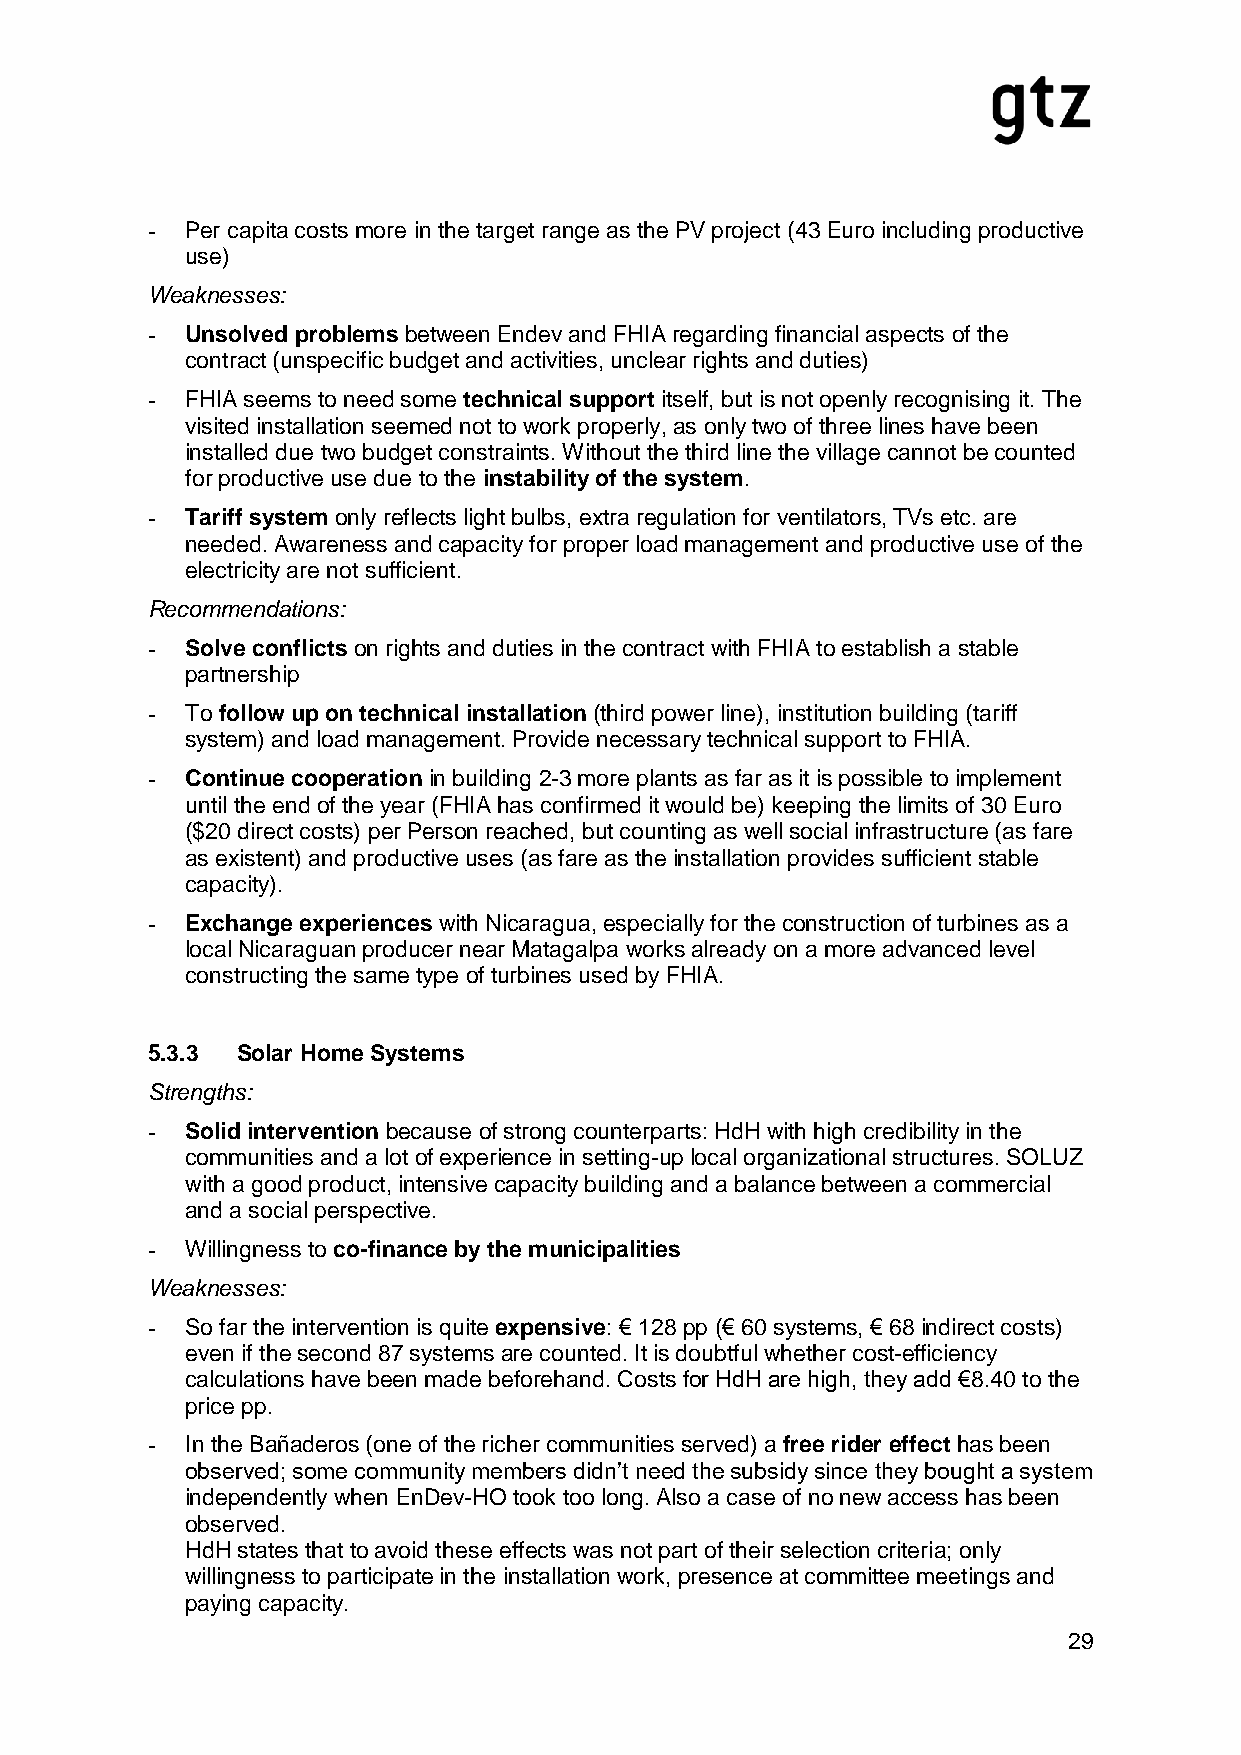
- Per capita costs more in the target range as the PV project (43 Euro including productive
 use)
 Weaknesses:
 - Unsolved problems between Endev and FHIA regarding financial aspects of the
 contract (unspecific budget and activities, unclear rights and duties)
 - FHIA seems to need some technical support itself, but is not openly recognising it. The
 visited installation seemed not to work properly, as only two of three lines have been
 installed due two budget constraints. Without the third line the village cannot be counted
 for productive use due to the instability of the system.
 - Tariff system only reflects light bulbs, extra regulation for ventilators, TVs etc. are
 needed. Awareness and capacity for proper load management and productive use of the
 electricity are not sufficient.
 Recommendations:
 - Solve conflicts on rights and duties in the contract with FHIA to establish a stable
 partnership
 - To follow up on technical installation (third power line), institution building (tariff
 system) and load management. Provide necessary technical support to FHIA.
 - Continue cooperation in building 2-3 more plants as far as it is possible to implement
 until the end of the year (FHIA has confirmed it would be) keeping the limits of 30 Euro
 ($20 direct costs) per Person reached, but counting as well social infrastructure (as fare
 as existent) and productive uses (as fare as the installation provides sufficient stable
 capacity).
 - Exchange experiences with Nicaragua, especially for the construction of turbines as a
 local Nicaraguan producer near Matagalpa works already on a more advanced level
 constructing the same type of turbines used by FHIA.
 5.3.3 Solar Home Systems
 Strengths:
 - Solid intervention because of strong counterparts: HdH with high credibility in the
 communities and a lot of experience in setting-up local organizational structures. SOLUZ
 with a good product, intensive capacity building and a balance between a commercial
 and a social perspective.
 - Willingness to co-finance by the municipalities
 Weaknesses:
 - So far the intervention is quite expensive: € 128 pp (€ 60 systems, € 68 indirect costs)
 even if the second 87 systems are counted. It is doubtful whether cost-efficiency
 calculations have been made beforehand. Costs for HdH are high, they add €8.40 to the
 price pp.
 - In the Bañaderos (one of the richer communities served) a free rider effect has been
 observed; some community members didn’t need the subsidy since they bought a system
 independently when EnDev-HO took too long. Also a case of no new access has been
 observed.
 HdH states that to avoid these effects was not part of their selection criteria; only
 willingness to participate in the installation work, presence at committee meetings and
 paying capacity.
 29